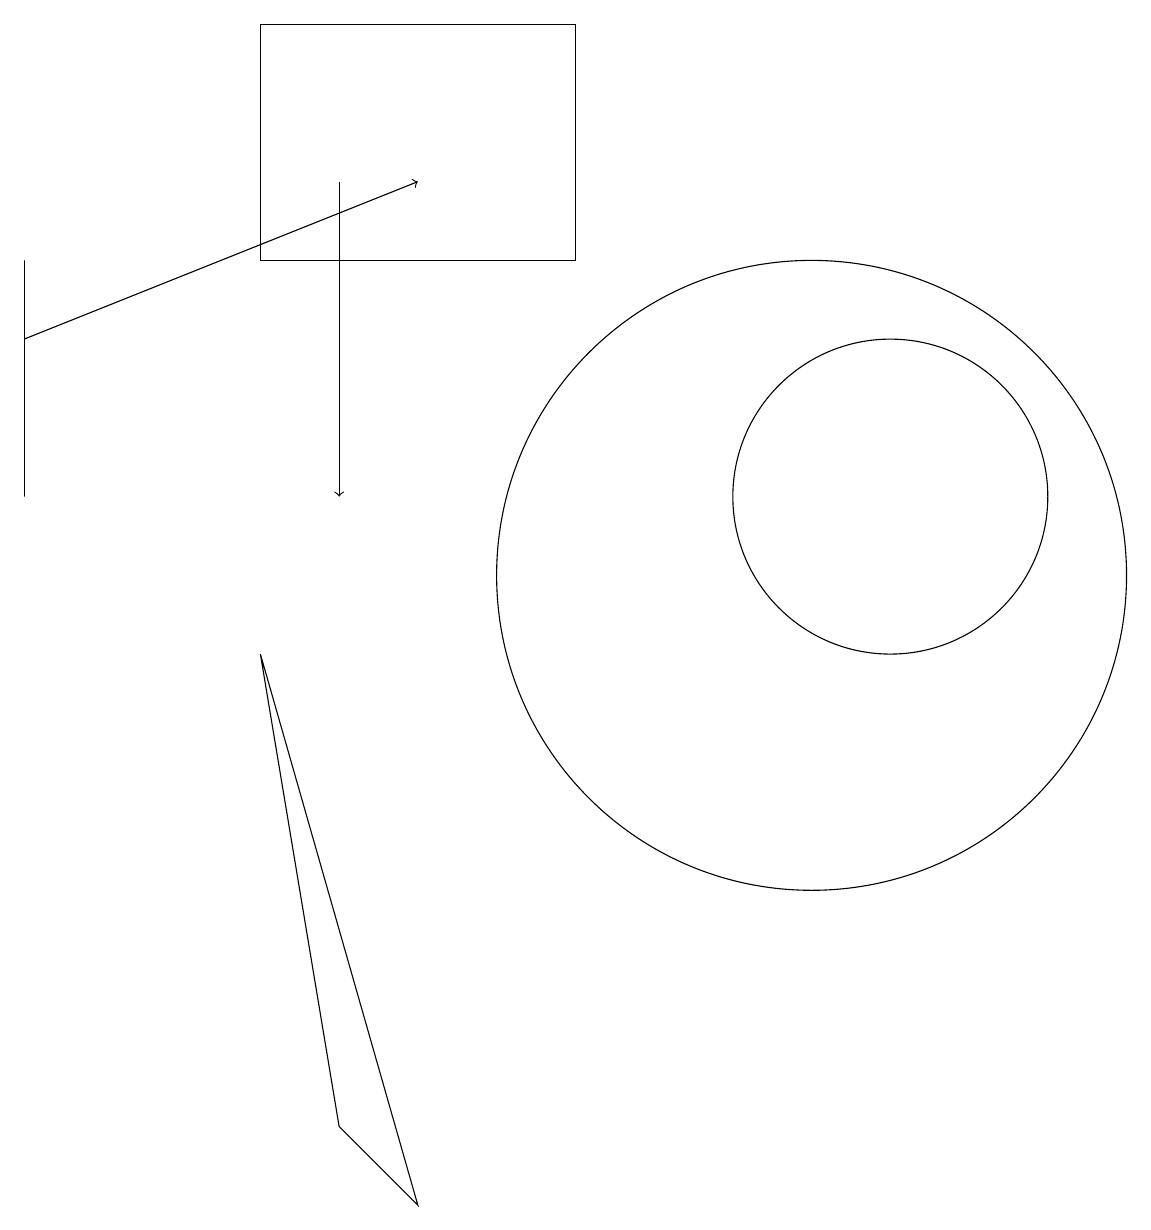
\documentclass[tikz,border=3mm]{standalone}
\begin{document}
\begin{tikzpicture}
\draw (5,2) -- (3,9) -- (4,3) -- cycle;
\draw[->] (0,13) -- (5,15);
\draw[->] (4,15) -- (4,11);
\draw (0,14) rectangle (0,11);
\draw (10,10) circle (4);
\draw (0,11) rectangle (0,11);
\draw (3,14) rectangle (7,17);
\draw (11,11) circle (2);
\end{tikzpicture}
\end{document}